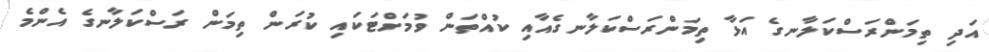
އަދި ތިމަންރަސްކަލާނގެ އަޅާ ތިމަންރަސްކަލާނގެއާއި ކުއްތަން ވުމަށްޓަކައި ކުރަން ތިމަން ރަސްކަލާނގެ އެންމެ